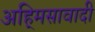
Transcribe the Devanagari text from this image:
अहि्मसावादी